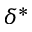
\delta ^ { * }